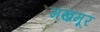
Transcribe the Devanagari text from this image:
मख़मूर